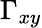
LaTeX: \Gamma_{xy}